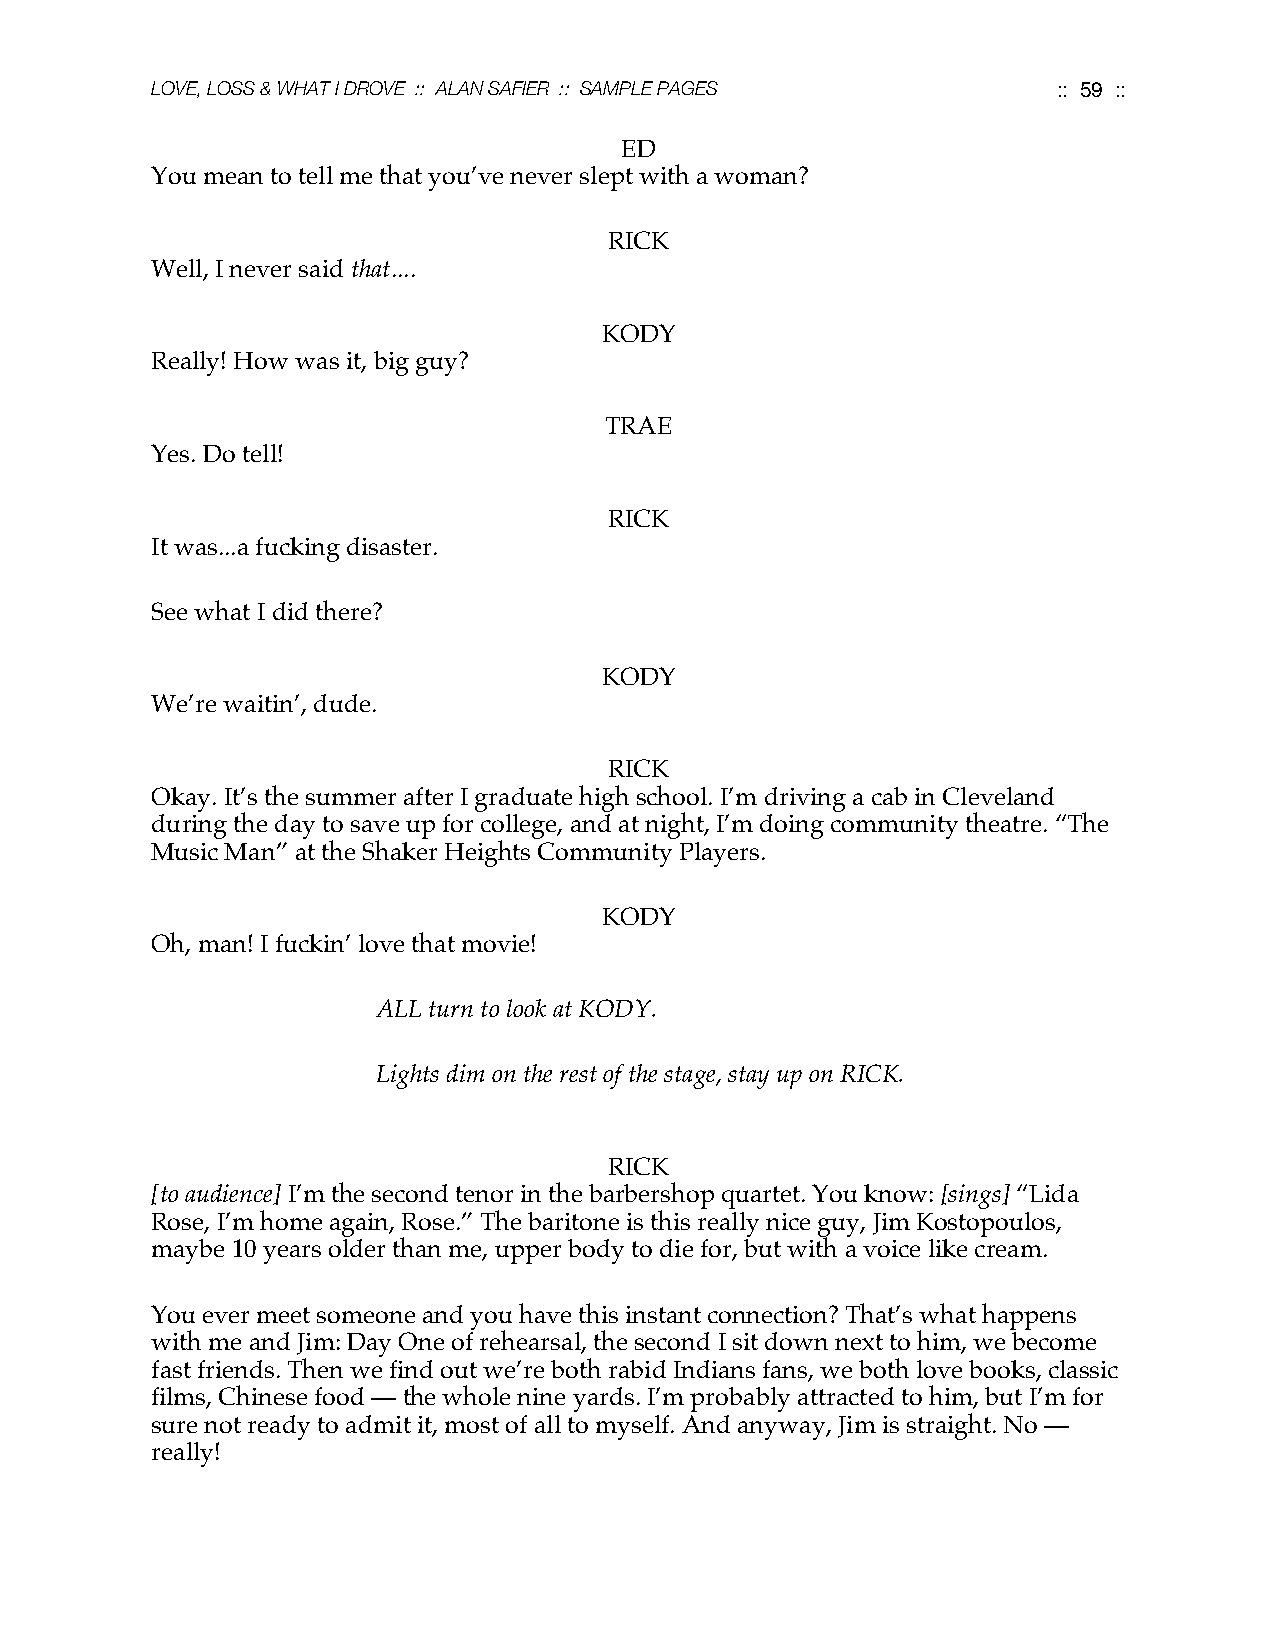
LOVE, LOSS & WHAT I DROVE :: ALAN SAFIER :: SAMPLE PAGES    :: 59 ::
 ED
 You mean to tell me that you’ve never slept with a woman?
 RICK
 Well, I never said that....
 KODY
 Really! How was it, big guy?
 TRAE
 Yes. Do tell!
 RICK
 It was...a fucking disaster.
 See what I did there?
 KODY
 We’re waitin’, dude.
 RICK
 Okay. It’s the summer after I graduate high school. I’m driving a cab in Cleveland
 during the day to save up for college, and at night, I’m doing community theatre. “The
 Music Man” at the Shaker Heights Community Players.
 KODY
 Oh, man! I fuckin’ love that movie!
 ALL turn to look at KODY.
 Lights dim on the rest of the stage, stay up on RICK.
 RICK
 [to audience] I’m the second tenor in the barbershop quartet. You know: [sings] “Lida
 Rose, I’m home again, Rose.” The baritone is this really nice guy, Jim Kostopoulos,
 maybe 10 years older than me, upper body to die for, but with a voice like cream.
 You ever meet someone and you have this instant connection? That’s what happens
 with me and Jim: Day One of rehearsal, the second I sit down next to him, we become
 fast friends. Then we find out we’re both rabid Indians fans, we both love books, classic
 films, Chinese food — the whole nine yards. I’m probably attracted to him, but I’m for
 sure not ready to admit it, most of all to myself. And anyway, Jim is straight. No —
 really!